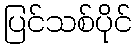
ပြင်သစ်ပိုင်